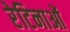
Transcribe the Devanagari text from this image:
रेटिनाओं